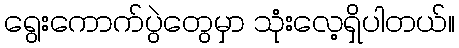
ရွေးကောက်ပွဲတွေမှာ သုံးလေ့ရှိပါတယ်။